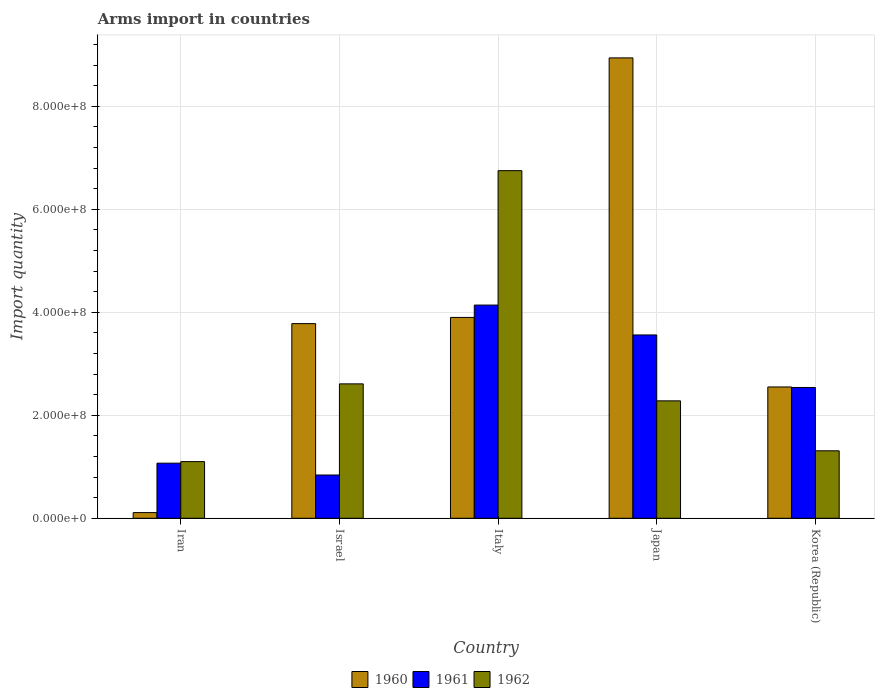
| Country | 1960 | 1961 | 1962 |
 | --- | --- | --- | --- |
 | Iran | 1.1e+07 | 1.07e+08 | 1.1e+08 |
 | Israel | 3.78e+08 | 8.4e+07 | 2.61e+08 |
 | Italy | 3.9e+08 | 4.14e+08 | 6.75e+08 |
 | Japan | 8.94e+08 | 3.56e+08 | 2.28e+08 |
 | Korea (Republic) | 2.55e+08 | 2.54e+08 | 1.31e+08 |